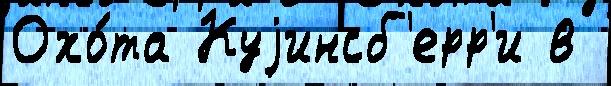
Охо́та Куjинсб'ерр'и в